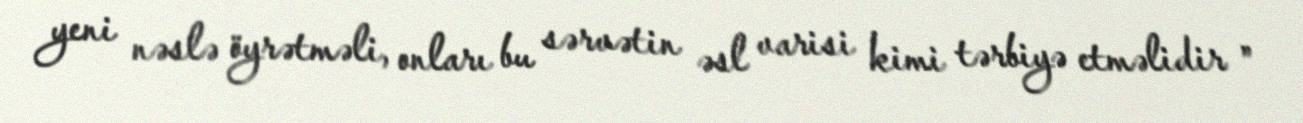
yeni nəslə öyrətməli, onları bu sərvətin əsl varisi kimi tərbiyə etməlidir ”